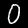
Digit: 0